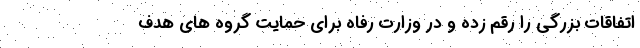
اتفاقات بزرگی را رقم زده و در وزارت رفاه برای حمایت گروه های هدف